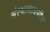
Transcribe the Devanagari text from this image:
संस्थागतअपशिष्ट